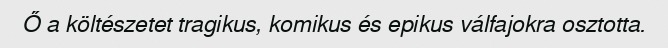
Ő a költészetet tragikus, komikus és epikus válfajokra osztotta.